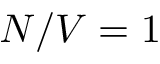
N / V = 1